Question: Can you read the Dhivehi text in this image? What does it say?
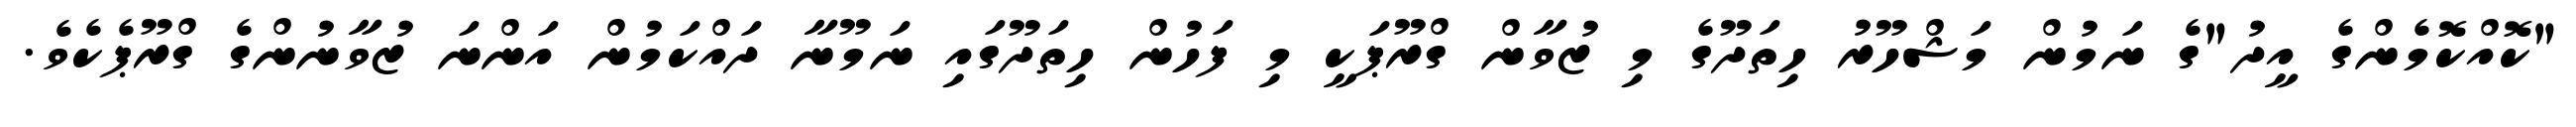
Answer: "ކޮއްކޮމެންގެ އީދު"ގެ ނަމުން މަޝްހޫރު ހިތަދޫގެ މި ޒުވާން ގްރޫޕަކީ މި ފަހުން ހިތަދޫގައި ނަމޫނާ ދައްކަމުން އަންނަ ޒުވާނުންގެ ގްރޫޕެކެވެ.